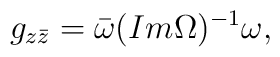
g_{z\bar z}=\bar \omega (Im \Omega  )^{-1}\omega,